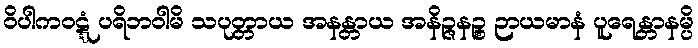
ဝိပါကဝဋ္ဋံ ပရိဘဝါမိ သပုတ္တာယ အနန္တာယ အနိဉ္ဇနဉ္စ ဉာယမာနံ ပူရေန္တာနမ္ပိ